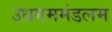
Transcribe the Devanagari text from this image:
उधगममंडलम